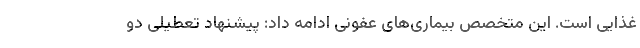
غذایی است. این متخصص بیماری‌های عفونی ادامه داد: پیشنهاد تعطیلی دو